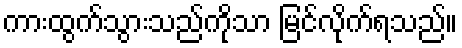
ကားထွက်သွားသည်ကိုသာ မြင်လိုက်ရသည်။